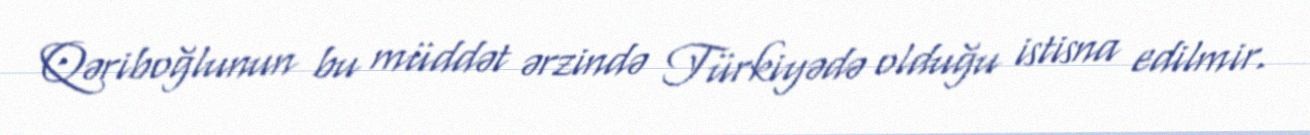
Qəriboğlunun bu müddət ərzində Türkiyədə olduğu istisna edilmir.